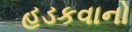
હડકવાનો